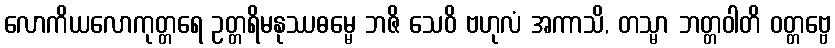
လောကိယလောကုတ္တရေ ဥတ္တရိမနုဿဓမ္မေ ဘဇိ သေဝိ ဗဟုလံ အကာသိ, တသ္မာ ဘတ္တဝါတိ ဝတ္တဗ္ဗေ